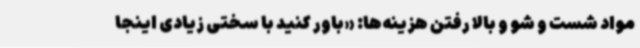
مواد شست و شو و بالا رفتن هزینه‌ها: «باور کنید با سختی زیادی اینجا